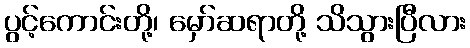
ပွင့်ကောင်းတို့၊ မှော်ဆရာတို့ သိသွားပြီလား